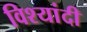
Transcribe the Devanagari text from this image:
विश्यांदी